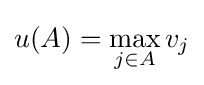
u(A)=\max _{j\in A}v_{j}